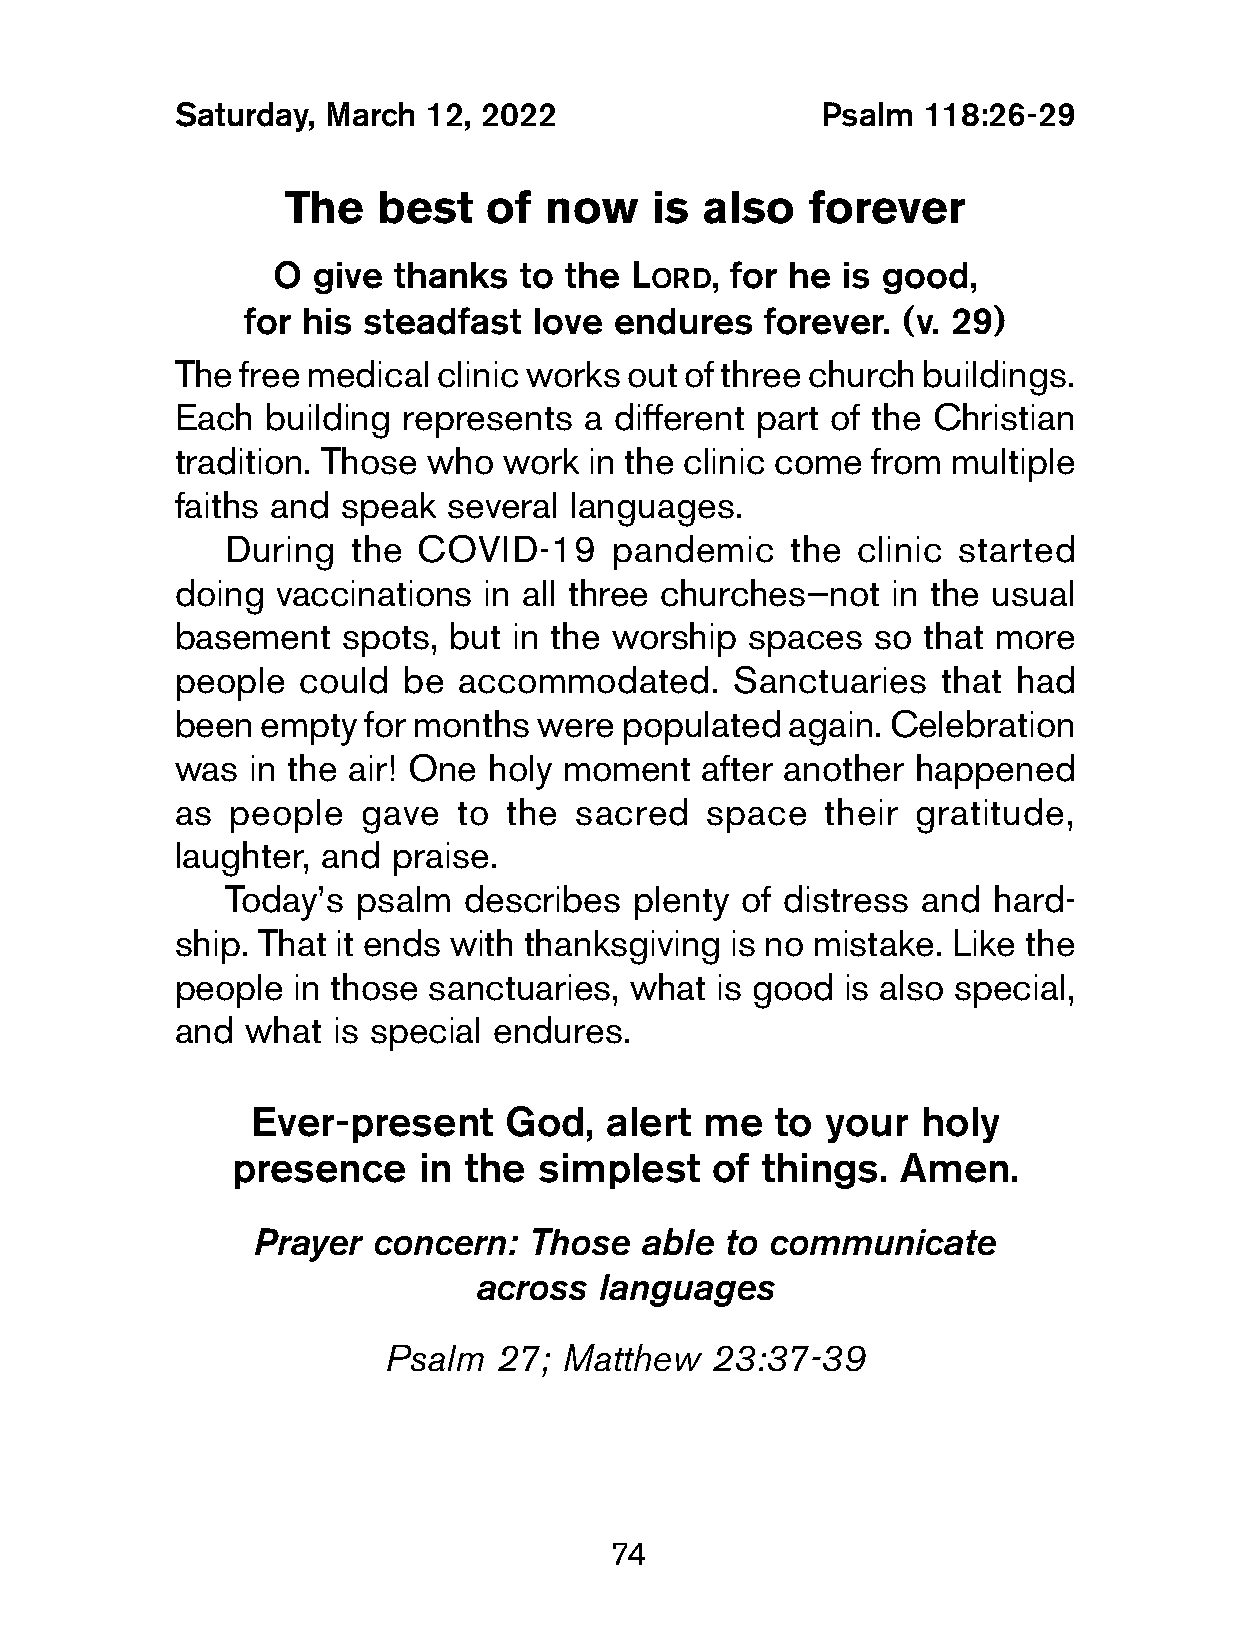
Saturday, March  12, 2022                  Psalm  118:26-29
 The   best   of  now    is also   forever
 O  give thanks  to the  L    , for he is good,
 ord
 for his steadfast  love  endures   forever. (v. 29)
 The  free medical clinic works out of three church buildings.
 Each   building represents  a different part of the Christian
 tradition. Those who  work  in the clinic come from multiple
 faiths and  speak  several languages.
 During  the  COVID-19    pandemic    the  clinic started
 doing  vaccinations  in all three churches—not  in the usual
 basement    spots, but in the worship spaces   so that more
 people   could  be accommodated.     Sanctuaries   that had
 been  empty  for months were  populated  again. Celebration
 was  in the air! One holy moment   after another happened
 as  people   gave  to the  sacred   space   their gratitude,
 laughter, and  praise.
 Today’s  psalm  describes  plenty of distress and  hard-
 ship. That it ends with thanksgiving is no mistake. Like the
 people  in those sanctuaries,  what is good  is also special,
 and  what  is special endures.
 Ever-present     God,   alert me   to your   holy
 presence     in the simplest    of things.  Amen.
 Prayer  concern:  Those  able  to communicate
 across   languages
 Psalm   27; Matthew   23:37-39
 74